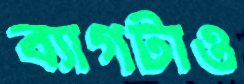
ব্যাগটাও